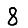
Digit: 8